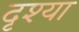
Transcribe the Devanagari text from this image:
दृश्या